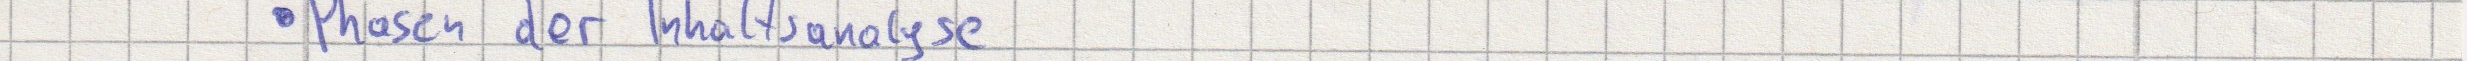
Phasen der Inhaltsanalyse